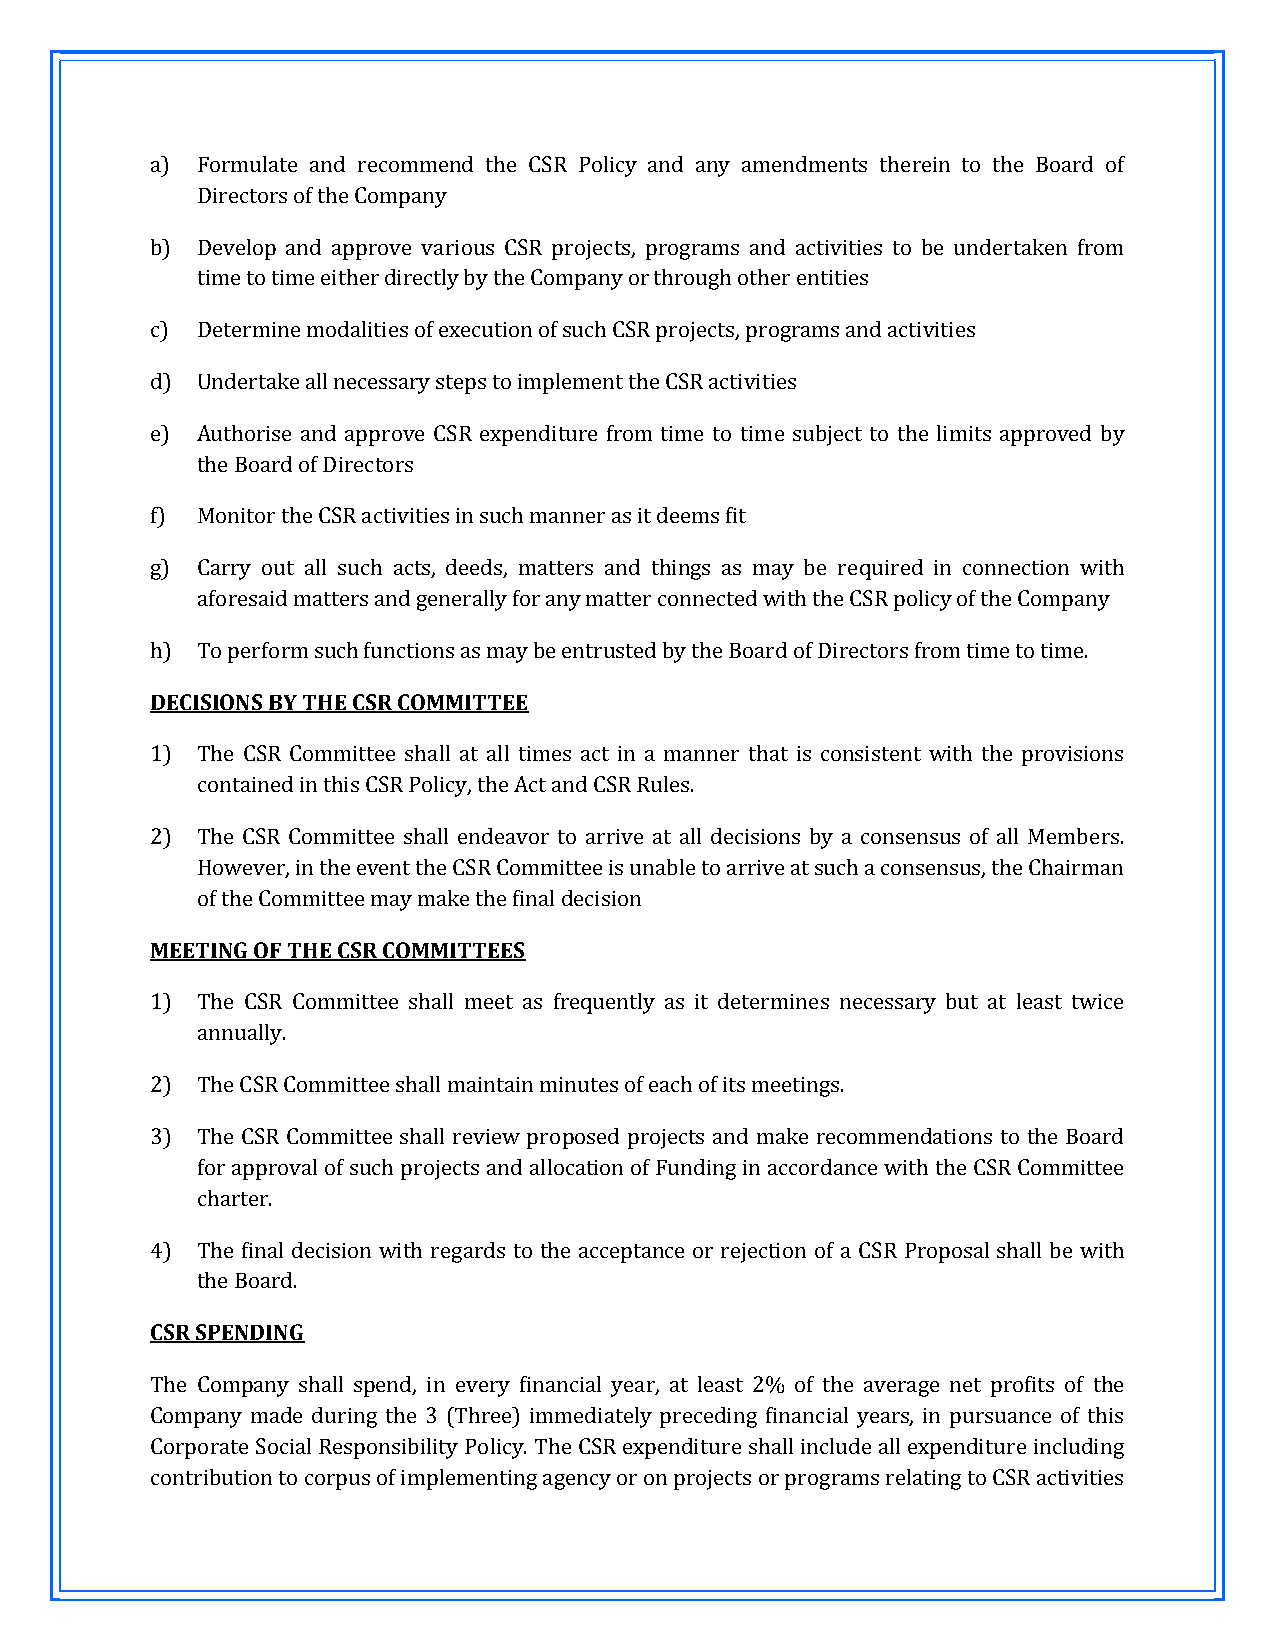
a) Formulate and recommend the CSR Policy and any amendments therein to the Board of
 Directors of the Company
 b) Develop and approve various CSR projects, programs and activities to be undertaken from
 time to time either directly by the Company or through other entities
 c) Determine modalities of execution of such CSR projects, programs and activities
 d) Undertake all necessary steps to implement the CSR activities
 e) Authorise and approve CSR expenditure from time to time subject to the limits approved by
 the Board of Directors
 f) Monitor the CSR activities in such manner as it deems fit
 g) Carry out all such acts, deeds, matters and things as may be required in connection with
 aforesaid matters and generally for any matter connected with the CSR policy of the Company
 h) To perform such functions as may be entrusted by the Board of Directors from time to time.
 DECISIONS BY THE CSR COMMITTEE
 1) The CSR Committee shall at all times act in a manner that is consistent with the provisions
 contained in this CSR Policy, the Act and CSR Rules.
 2) The CSR Committee shall endeavor to arrive at all decisions by a consensus of all Members.
 However, in the event the CSR Committee is unable to arrive at such a consensus, the Chairman
 of the Committee may make the final decision
 MEETING OF THE CSR COMMITTEES
 1) The CSR Committee shall meet as frequently as it determines necessary but at least twice
 annually.
 2) The CSR Committee shall maintain minutes of each of its meetings.
 3) The CSR Committee shall review proposed projects and make recommendations to the Board
 for approval of such projects and allocation of Funding in accordance with the CSR Committee
 charter.
 4) The final decision with regards to the acceptance or rejection of a CSR Proposal shall be with
 the Board.
 CSR SPENDING
 The Company shall spend, in every financial year, at least 2% of the average net profits of the
 Company made during the 3 (Three) immediately preceding financial years, in pursuance of this
 Corporate Social Responsibility Policy. The CSR expenditure shall include all expenditure including
 contribution to corpus of implementing agency or on projects or programs relating to CSR activities